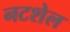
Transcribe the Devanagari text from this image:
नटशेल